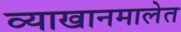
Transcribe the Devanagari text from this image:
व्याखानमालेत